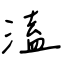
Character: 溘